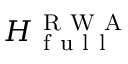
H _ { \mathrm { ~ f ~ u ~ l ~ l ~ } } ^ { \mathrm { ~ R ~ W ~ A ~ } }